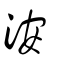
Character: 洝